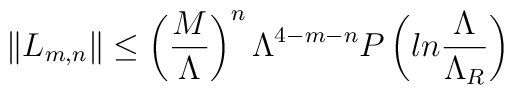
\|L_{m,n}\| \leq \left({M\over\Lambda}\right)^n\Lambda^{4-m-n}P\left(ln{\Lambda\over\Lambda_R}\right)